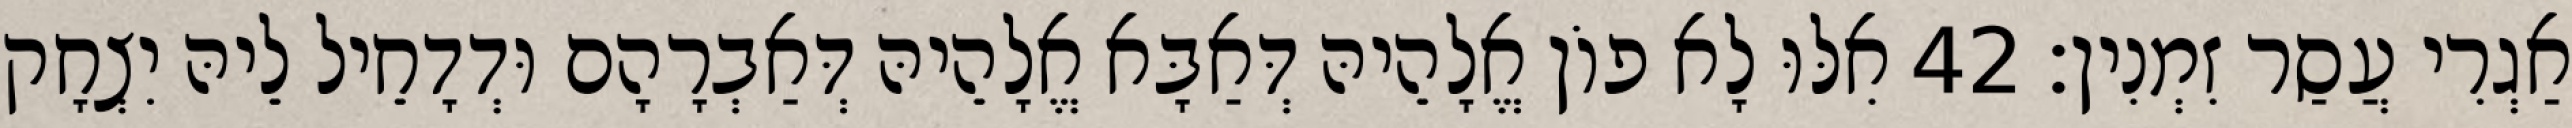
אַגְרִי עֲסַר זִמְנִין׃ 42 אִלּוּ לָא פוֹן אֱלָהֵיהּ דְּאַבָּא אֱלָהֵיהּ דְּאַבְרָהָם וּדְדָחֵיל לֵיהּ יִצְחָק